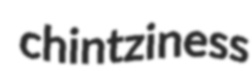
chintziness